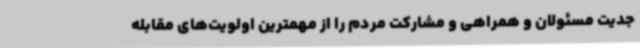
جدیت مسئولان و همراهی و مشارکت مردم را از مهمترین اولویت‌های مقابله